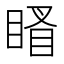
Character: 䁊